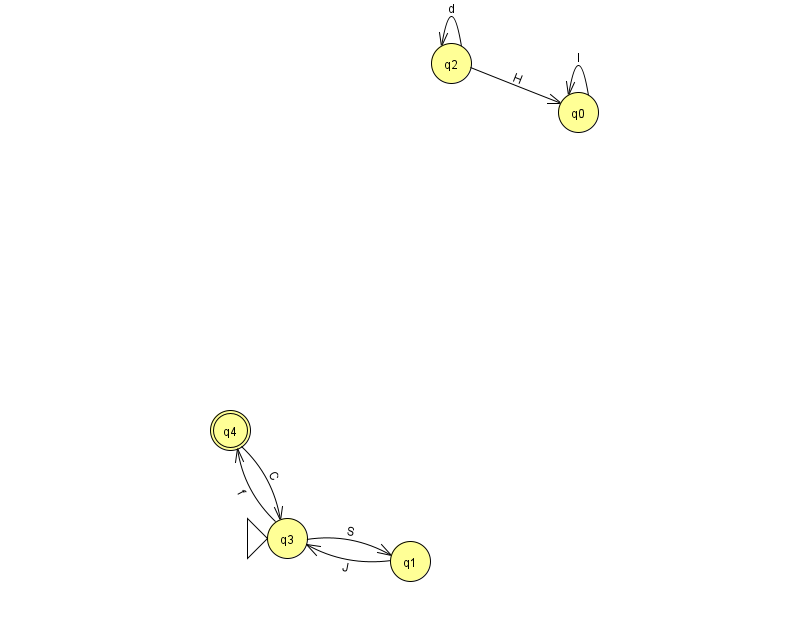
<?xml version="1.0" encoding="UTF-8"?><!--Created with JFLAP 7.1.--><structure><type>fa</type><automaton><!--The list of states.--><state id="0" name="q0"><x>578.0</x><y>99.0</y></state><state id="1" name="q1"><x>410.0</x><y>548.0</y></state><state id="2" name="q2"><x>451.0</x><y>50.0</y></state><state id="3" name="q3"><x>287.0</x><y>525.0</y><initial/></state><state id="4" name="q4"><x>230.0</x><y>417.0</y><final/></state><!--The list of transitions.--><transition><from>3</from><to>1</to><read>S</read></transition><transition><from>2</from><to>2</to><read>d</read></transition><transition><from>2</from><to>0</to><read>H</read></transition><transition><from>0</from><to>0</to><read>I</read></transition><transition><from>4</from><to>3</to><read>C</read></transition><transition><from>1</from><to>3</to><read>J</read></transition><transition><from>3</from><to>4</to><read>f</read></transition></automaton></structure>